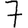
Digit: 7